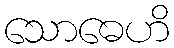
သောဓေဟိ